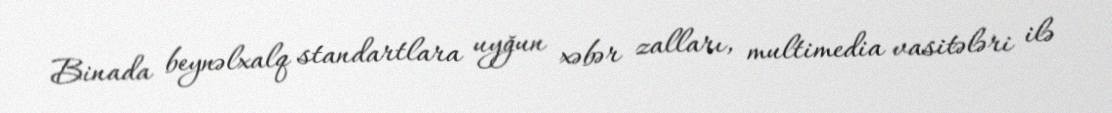
Binada beynəlxalq standartlara uyğun xəbər zalları, multimedia vasitələri ilə